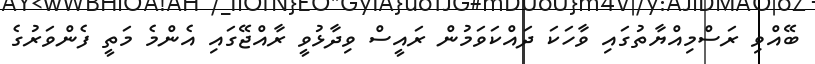
ބޭއްވި ރަސްމިއްޔާތުގައި ވާހަކަ ދައްކަވަމުން ރައީސް ވިދާޅުވީ ރާއްޖޭގައި އެންމެ މަތީ ފެންވަރުގެ